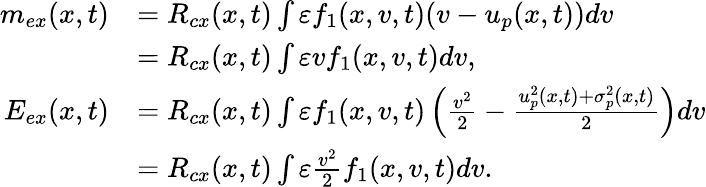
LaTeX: \begin{array}{rl}{m_{ex}(x,t)}&{=R_{cx}(x,t)\int\varepsilon f_{1}(x,v,t)(v-u_{p}(x,t))dv}\\ &{=R_{cx}(x,t)\int\varepsilon vf_{1}(x,v,t)dv,}\\ {E_{ex}(x,t)}&{=R_{cx}(x,t)\int\varepsilon f_{1}(x,v,t)\left(\frac{v^{2}}{2}-\frac{u_{p}^{2}(x,t)+\sigma_{p}^{2}(x,t)}{2}\right)dv}\\ &{=R_{cx}(x,t)\int\varepsilon\frac{v^{2}}{2}f_{1}(x,v,t)dv.}\end{array}